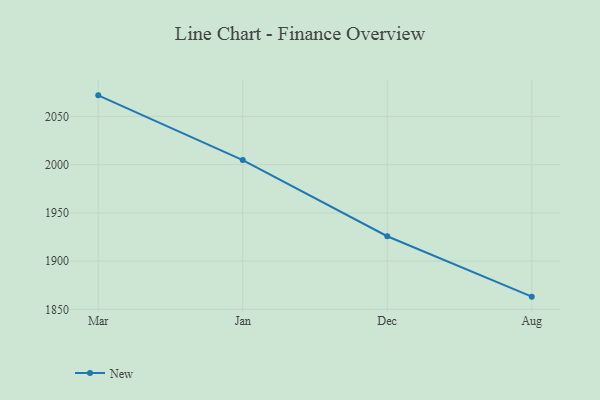
{"axis": {"x": "Month", "y": "Churn Rate (%)"}, "legend": ["New"], "data": [{"x": "Mar", "y": 2071.8, "type": "New"}, {"x": "Jan", "y": 2004.7, "type": "New"}, {"x": "Dec", "y": 1925.8, "type": "New"}, {"x": "Aug", "y": 1863.2, "type": "New"}]}